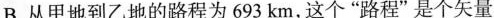
B.从甲地到乙地的路程为693km，这个”路程”是个矢量